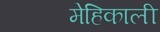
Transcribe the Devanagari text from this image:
मेहिकाली